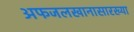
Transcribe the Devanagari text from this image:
अफजलखानासारख्या